Lunatic asylums United Provinces 1909-1921 - 1909-1921
Year: 1909
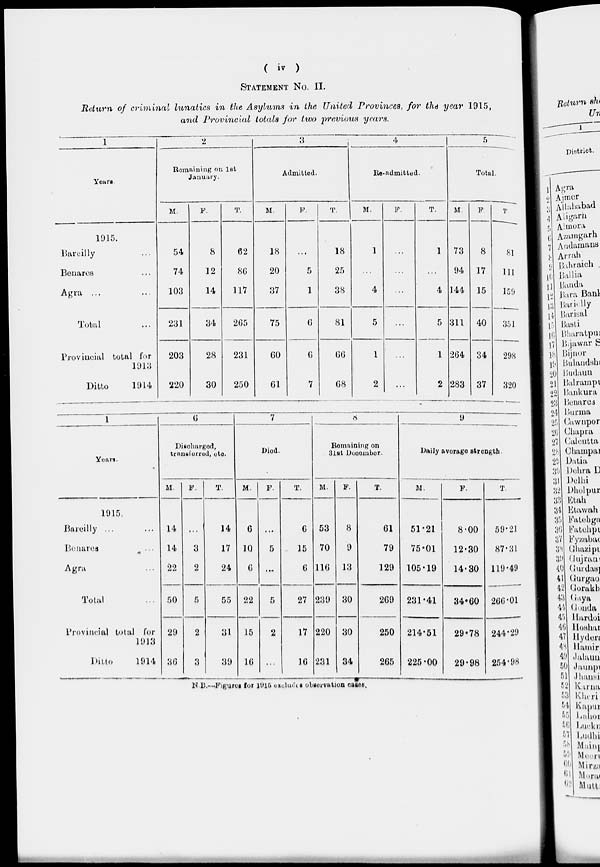
( iv )
STATEMENT No. II.
Return of criminal lunatics in the Asylums in the United Provinces, for the year 1915,
and Provincial totals for two previous years.
1
Years
1915.
Bareilly ...
Benares...
Agra ... ...
Total ...
Provincial total for
1913
Ditto
1914
2
Remaining on 1st
January.
M.
54
74
103
231
203
220
F.
8
12
14
34
28
30
T.
62
86
117
265
231
250
3
Admitted.
M.
18
20
37
75
60
61
F.
...
5
1
6
6
7
T.
18
25
38
81
66
68
4
Re-admitted.
M.
1
...
4
5
1
2
F.
...
...
...
...
...
...
T.
1
...
4
5
1
2
5
Total.
M.
73
94
144
311
264
283
F.
8
17
15
40
34
37
T.
81
111
159
351
298
320
1
Years.
1915.
Bareilly ... ...
Benares ...
Agra ...
Total
Provincial total for
1913
Ditto
1914
6
Discharged,
transferred, etc.
M.
14
14
22
50
29
36
F.
...
3
2
5
2
3
T.
14
17
24
55
31
39
7
Died.
M.
6
10
6
22
15
16
F.
...
5
...
5
2
...
T.
6
15
6
27
17
16
8
Remaining on
31st December.
M.
53
70
116
239
220
231
F.
8
9
13
30
30
34
T.
61
79
129
269
250
265
9
Daily average strength.
M.
51.21
75.01
105.19
231.41
214.51
225.00
F.
8.00
12.30
14.30
34.60
29.78
29.98
T.
59.21
87.31
119.49
266.01
244.29
254.98
N B.—Figures for 1915 excludes observation cases.